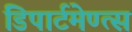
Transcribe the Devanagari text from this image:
डिपार्टमेण्त्स